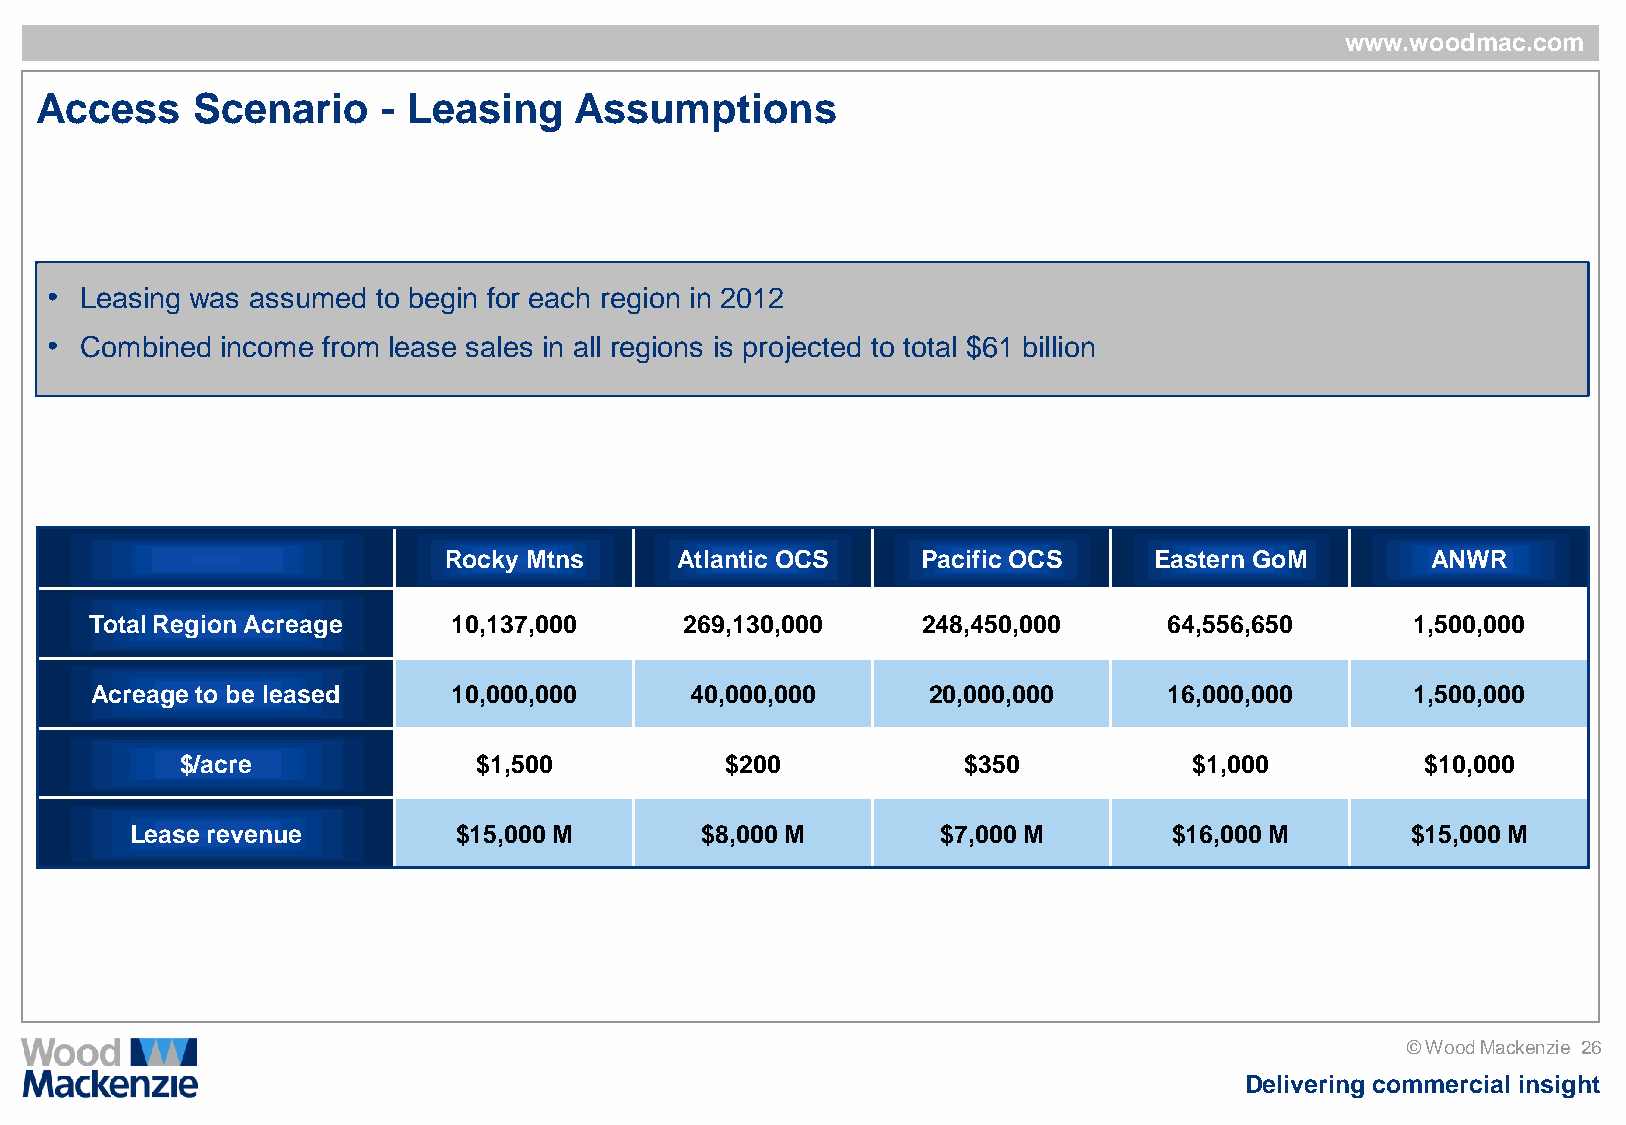
www.woodmac.com
 Access     Scenario    - Leasing    Assumptions
 • Leasing was assumed to begin for each region in 2012
 • Combined  income from lease sales in all regions is projected to total $61 billion
 Rocky Mtns      Atlantic OCS    Pacific OCS    Eastern GoM        ANWR
 Total Region Acreage    10,137,000     269,130,000     248,450,000     64,556,650       1,500,000
 Acreage to be leased    10,000,000      40,000,000     20,000,000      16,000,000       1,500,000
 $/acre             $1,500           $200            $350           $1,000         $10,000
 Lease revenue        $15,000 M       $8,000 M        $7,000 M        $16,000 M      $15,000 M
 © Wood Mackenzie 26
 Delivering commercial insight